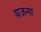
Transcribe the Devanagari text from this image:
यजना